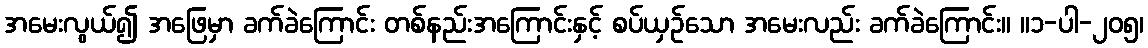
အမေးလွယ်၍ အဖြေမှာ ခက်ခဲကြောင်း တစ်နည်းအကြောင်းနှင့် စပ်ယှဉ်သော အမေးလည်း ခက်ခဲကြောင်း။ ။၁-ပါ-၂၀၅၊